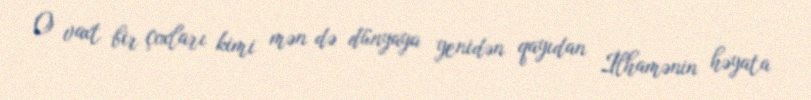
O vaxt bir çoxları kimi mən də dünyaya yenidən qayıdan İlhamənin həyata